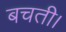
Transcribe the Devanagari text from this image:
बचती।